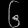
Digit: ၆